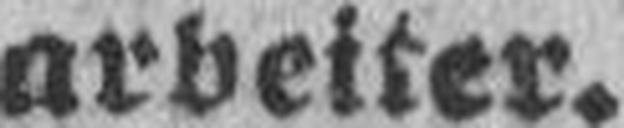
arbeiter.